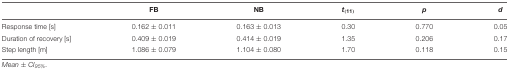
|  | FB | NB | t(11) | p | d |
 | --- | --- | --- | --- | --- | --- |
 | Response time [s] | 0.162 ± 0.011 | 0.163 ± 0.013 | 0.30 | 0.770 | 0.05 |
 | Duration of recovery [s] | 0.409 ± 0.019 | 0.414 ± 0.019 | 1.35 | 0.206 | 0.17 |
 | Step length [m] | 1.086 ± 0.079 | 1.104 ± 0.080 | 1.70 | 0.118 | 0.15 |